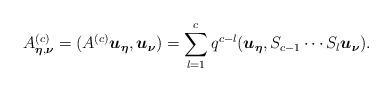
LaTeX: \begin{align*}A_{\boldsymbol{\eta}, \boldsymbol{\nu}}^{(c)}=(A^{(c)}\boldsymbol{u}_{\boldsymbol{\eta}}, \boldsymbol{u}_{\boldsymbol{\nu}})=\sum_{l=1}^{c}q^{c-l}(\boldsymbol{u}_{\boldsymbol{\eta}}, S_{c-1}\cdots S_{l}\boldsymbol{u}_{\boldsymbol{\nu}}). \end{align*}